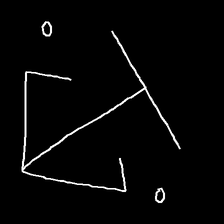
Glyph: earth